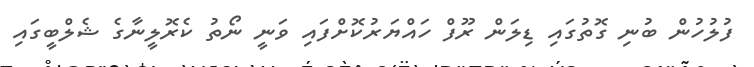
ފުލުހުން ބުނި ގޮތުގައި ޑިލަން ރޫފް ހައްޔަރުކޮށްފައި ވަނީ ނޯތު ކެރޮލީނާގެ ޝެލްބީގައި